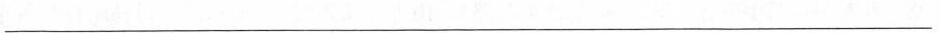
___